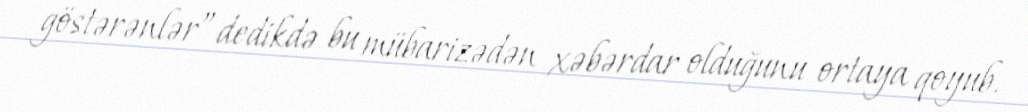
göstərənlər” dedikdə bu mübarizədən xəbərdar olduğunu ortaya qoyub.